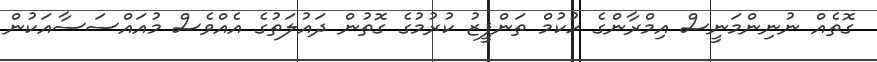
ގޮތެއް ނުނިންމަނީސް އިމްރާންގެ ހުކުމް ތަންފީޒު ކުރުމުގެ ގޮތުން ދައުލަތުގެ އެއްވެސް މުއައްސަސާއަކުން